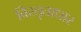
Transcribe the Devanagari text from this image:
विस्तृताधार